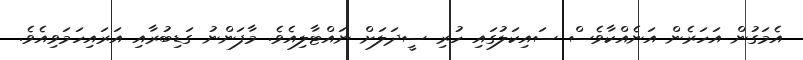
އެމަގުން އަހަރެން އަނެއްކާވެސް ސައިކަލުގައި ހުރި ސީދަލަށް ނައްޓާލިއެވެ. މާފަންނު ގަޑިބުރާއި އަރައިހަމަވިއެވެ.